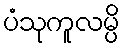
ပံသုကူလမ္ပိ